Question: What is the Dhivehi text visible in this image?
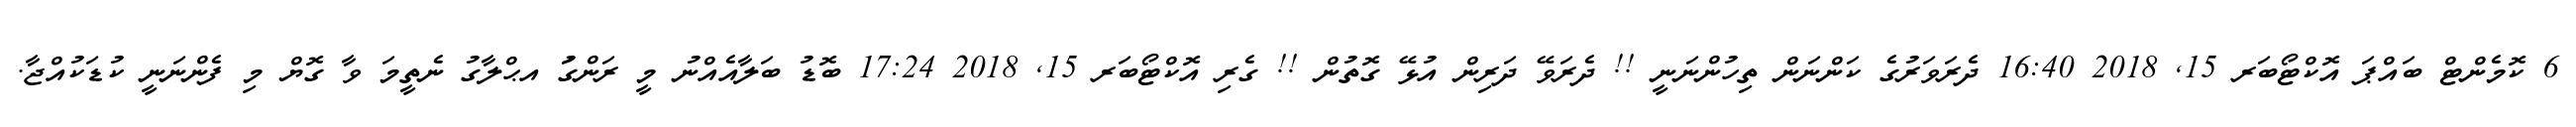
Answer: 6 ކޮމެންޓް ބައްޕަ އޮކްޓޯބަރ 15, 2018 16:40 ދެރަވަރުގެ ކަންނަން ތިހުންނަނީ !! ދެރަވޭ ދަރިން އުޅޭ ގޮތުން !! ގެރި އޮކްޓޯބަރ 15, 2018 17:24 ބޮޑު ބަލާއެއްނު މީ ރަންގަު އޙްލާގު ނެތީމަ ވާ ގޮޔް މި ފެންނަނީ ކުޑަކުއްޖާ.